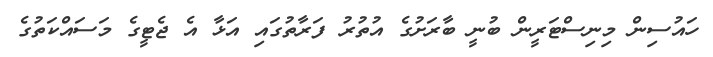
ހައުސިން މިނިސްޓަރީން ބުނީ ބާރަށުގެ އުތުރު ފަރާތުގައި އަޅާ އެ ޖެޓީގެ މަސައްކަތުގެ